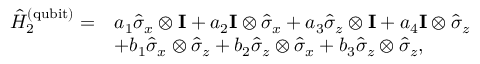
\begin{array} { r l } { \hat { H } _ { 2 } ^ { \mathrm { ( q u b i t ) } } = } & { a _ { 1 } \hat { \sigma } _ { x } \otimes \mathbf { I } + a _ { 2 } \mathbf { I } \otimes \hat { \sigma } _ { x } + a _ { 3 } \hat { \sigma } _ { z } \otimes \mathbf { I } + a _ { 4 } \mathbf { I } \otimes \hat { \sigma } _ { z } } \\ & { + b _ { 1 } \hat { \sigma } _ { x } \otimes \hat { \sigma } _ { z } + b _ { 2 } \hat { \sigma } _ { z } \otimes \hat { \sigma } _ { x } + b _ { 3 } \hat { \sigma } _ { z } \otimes \hat { \sigma } _ { z } , } \end{array}